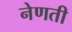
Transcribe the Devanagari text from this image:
नेणती